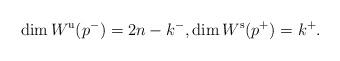
LaTeX: \begin{gather*} \dim W^{\mathrm{u}}(p^-) = 2n-k^-, \dim W^{\mathrm{s}}(p^+) = k^+. \end{gather*}